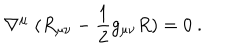
LaTeX: \nabla ^ { \mu } \; ( R _ { \mu \nu } - { \frac { 1 } { 2 } } g _ { \mu \nu } R ) = 0 \ .